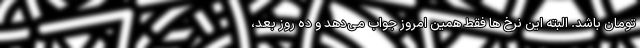
تومان باشد. البته این نرخ ها فقط همین امروز جواب می‌دهد و ده روز بعد،